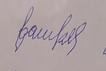
Signature authenticity: forged